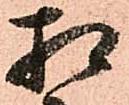
相